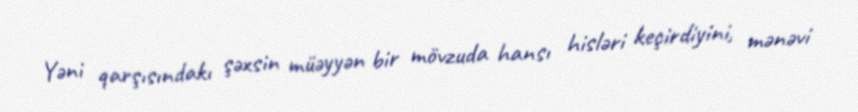
Yəni qarşısındakı şəxsin müəyyən bir mövzuda hansı hisləri keçirdiyini, mənəvi